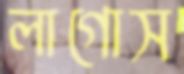
লাগোস